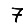
Digit: 7